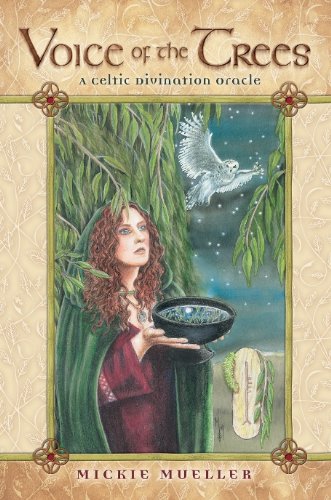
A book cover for Voice of the Trees: A Celtic Divination Oracle; Mickie Mueller; Religion & Spirituality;